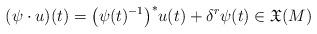
LaTeX: \begin{align*}(\psi\cdot u)(t)=\big(\psi(t)^{-1}\big)^*u(t)+\delta^r\psi(t)\in\mathfrak X(M)\end{align*}